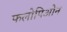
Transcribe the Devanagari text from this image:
फलोपिओन